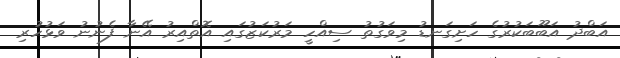
އަބްދު އަބޫބަކުރުގެ ހަށިގަނޑު މިވަގުތު ސިއްހީ މަރުކަޒުގައި އޮތްއިރު އޭނާ ފެނުނު ވަޅުހުރި